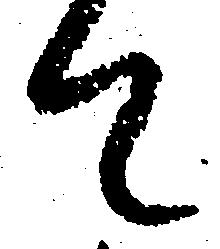
て